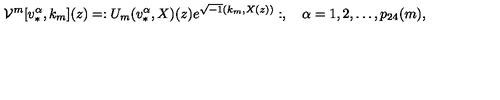
{ \cal V } ^ { m } [ v _ { * } ^ { \alpha } , k _ { m } ] ( z ) = : U _ { m } ( v _ { * } ^ { \alpha } , X ) ( z ) e ^ { \sqrt { - 1 } ( k _ { m } , X ( z ) ) } : , \quad \alpha = 1 , 2 , \ldots , p _ { 2 4 } ( m ) ,